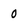
Character: 0